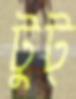
টুট্